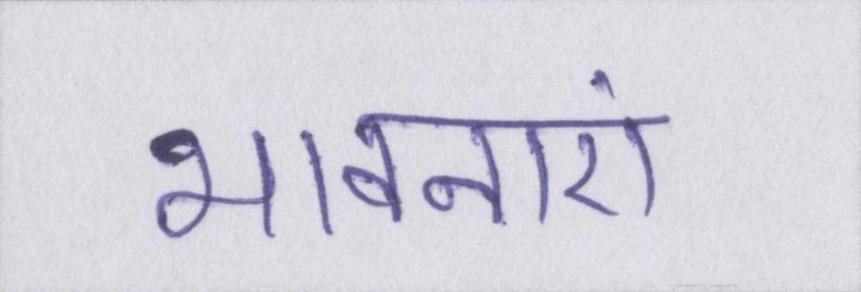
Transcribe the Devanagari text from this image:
भावनाएं